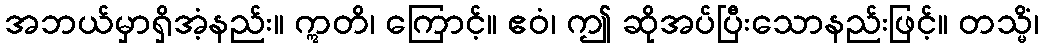
အဘယ်မှာရှိအံ့နည်း။ ဣတိ၊ ကြောင့်။ ဧဝံ၊ ဤ ဆိုအပ်ပြီးသောနည်းဖြင့်။ တသ္မိံ၊